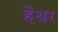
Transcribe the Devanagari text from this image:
हैथर